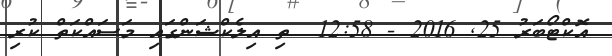
އޮކްޓޯބަރު 25